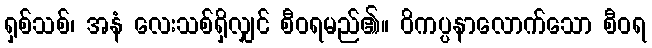
ရှစ်သစ်၊ အနံ လေးသစ်ရှိလျှင် စီဝရမည်၏။ ဝိကပ္ပနာလောက်သော စီဝရ